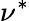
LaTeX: \nu^{*}